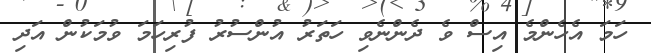
ހަމަ އެހެންމެ އިސް ވެ ދެންނެވި ހަތަރު އުންސުރު ފުރިހަމަ ވުމަކުން އަދި